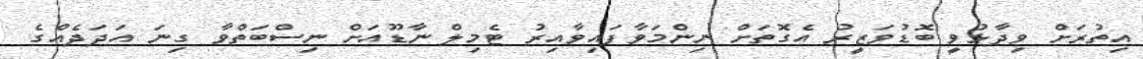
އިތުރަށް ވިދާޅުވީ ބޮޑުވަޒީރު އެގޮތަށް ނިންމަވާފައިވާއިރު ޓެމިލް ނާޑޫއަށް ނިސްބަތްވާ ގިނަ އަދަދެއްގެ